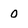
Character: 0